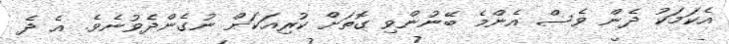
އެކަމަކު ދެން ވެސް އެންމެ ބޭނުންވި ގޮތަށް ކުރިއަކަށް ނުގެންދެވުނެވެ. އެ ދެ